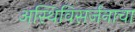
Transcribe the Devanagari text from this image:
अस्थिविसर्जनाचा